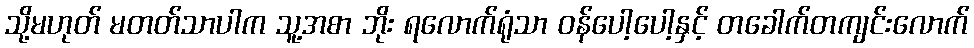
သို့မဟုတ် မတတ်သာပါက သူ့အစာ ဘိုး ရလောက်ရုံသာ ဝန်ပေါ့ပေါ့နှင့် တခေါက်တကျင်းလောက်